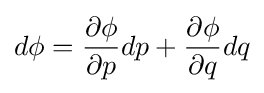
d\phi ={\frac {\partial \phi }{\partial p}}dp+{\frac {\partial \phi }{\partial q}}dq